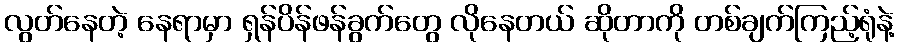
လွတ်နေတဲ့ နေရာမှာ ရှန်ပိန်ဖန်ခွက်တွေ လိုနေတယ် ဆိုတာကို တစ်ချက်ကြည့်ရုံနဲ့